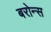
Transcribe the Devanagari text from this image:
बरोन्स